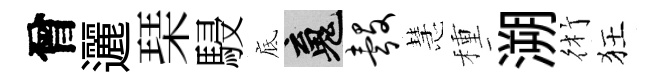
曾邐琹駸底魂彀慧種溯術狂